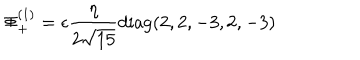
\Phi _ { + } ^ { ( 1 ) } = \epsilon { \frac { \eta } { 2 \sqrt { 1 5 } } } \mathrm { d i a g } ( 2 , 2 , - 3 , 2 , - 3 )